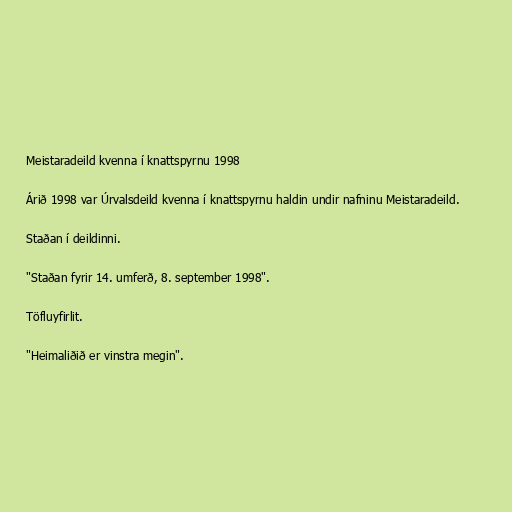
Meistaradeild kvenna í knattspyrnu 1998

Árið 1998 var Úrvalsdeild kvenna í knattspyrnu haldin undir nafninu Meistaradeild.

Staðan í deildinni.

"Staðan fyrir 14. umferð, 8. september 1998".

Töfluyfirlit.

"Heimaliðið er vinstra megin".